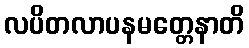
လပိတလာပနမတ္တေနာတိ